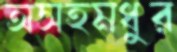
অসহমধুর